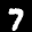
Label: 7